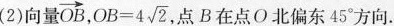
(2)向量\overrightarrow{ O B },$$O B = 4 \sqrt{ 2 }$$,点B在点O北偏东45°方向。